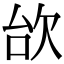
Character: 㰧